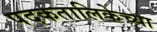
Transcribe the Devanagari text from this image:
पदकतालिकेच्या